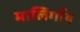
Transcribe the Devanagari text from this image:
मालिगाँव